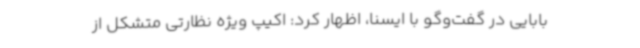
بابایی در گفت‌وگو با ایسنا، اظهار کرد: اکیپ ویژه نظارتی متشکل از